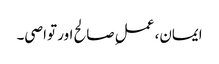
ایمان، عملِ صالح اور تواصی۔